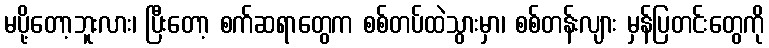
မပို့တော့ဘူးလား၊ ပြီးတော့ စက်ဆရာတွေက စစ်တပ်ထဲသွားမှာ၊ စစ်တန်းလျား မှန်ပြတင်းတွေကို